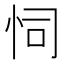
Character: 𢘜